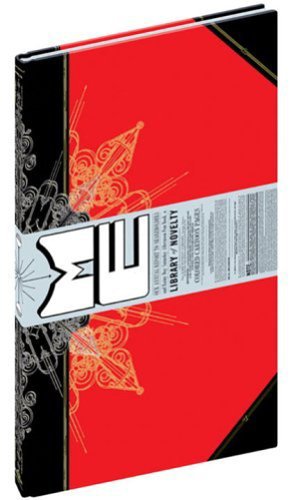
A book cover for The Acme Novelty Library; Chris Ware; Comics & Graphic Novels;